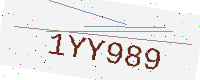
Text: 1YY989